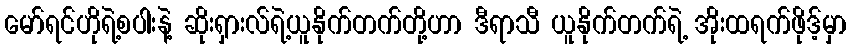
မော်ရင်ဟိုရဲ့စပါးနဲ့ ဆိုးရှားလ်ရဲ့ယူနိုက်တက်တို့ဟာ ဒီရာသီ ယူနိုက်တက်ရဲ့ အိုးထရက်ဖိုဒ့်မှာ